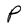
Character: P